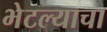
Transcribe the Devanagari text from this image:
भेटल्याचा